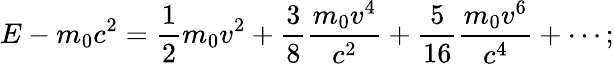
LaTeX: E-m_{0}c^{2}={\frac{1}{2}}m_{0}v^{2}+{\frac{3}{8}}{\frac{m_{0}v^{4}}{c^{2}}}+{\frac{5}{16}}{\frac{m_{0}v^{6}}{c^{4}}}+\cdots;